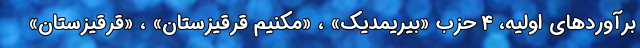
برآوردهای اولیه، ۴ حزب «بیریمدیک» ، «مکنیم قرقیزستان» ، «قرقیزستان»